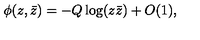
\phi ( z , \bar { z } ) = - Q \log ( z \bar { z } ) + O ( 1 ) , \nonumber